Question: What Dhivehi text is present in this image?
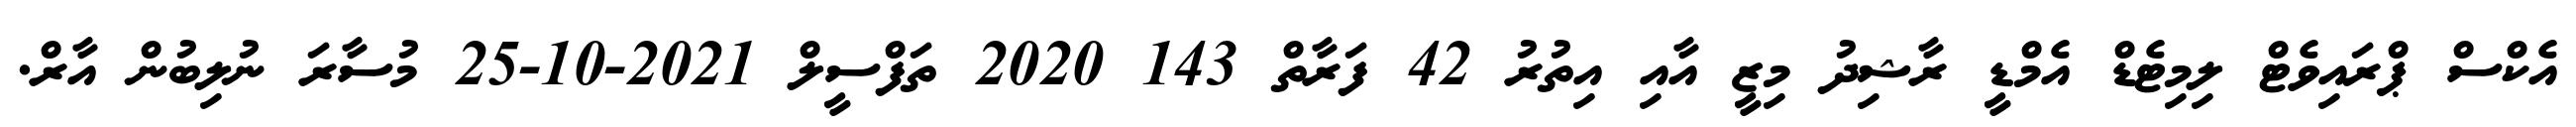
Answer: އެކްސް ޕްރައިވެޓް ލިމިޓެޑް އެމްޑީ ރާޝިދު މިޒީ އާއި އިތުރު 42 ފަރާތް 143 2020 ތަފްސީލް 2021-10-25 މުސާރަ ނުލިބުން އާރް.